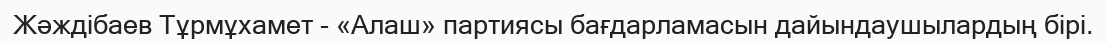
Жәждібаев Тұрмұхамет - «Алаш» партиясы бағдарламасын дайындаушылардың бірі.